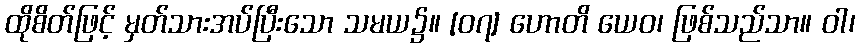
ထိုစိတ်ဖြင့် မှတ်သားအပ်ပြီးသော သမယ၌။ [၀၇] ဟောတိ ယေဝ၊ ဖြစ်သည်သာ။ ဝါ၊